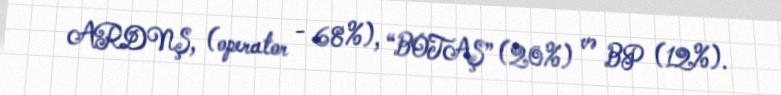
ARDNŞ, (operator - 68%), “BOTAŞ” (20%) və BP (12%).